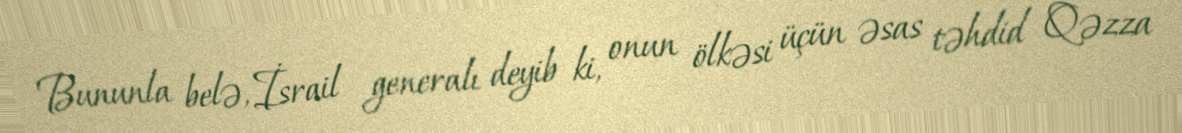
Bununla belə, İsrail generalı deyib ki, onun ölkəsi üçün əsas təhdid Qəzza